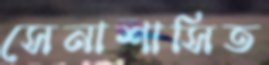
সেনাশাসিত